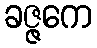
ခဇ္ဇကေ